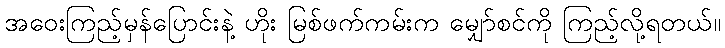
အဝေးကြည့်မှန်ပြောင်းနဲ့ ဟိုး မြစ်ဖက်ကမ်းက မျှော်စင်ကို ကြည့်လို့ရတယ်။